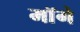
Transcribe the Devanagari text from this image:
माॅगे